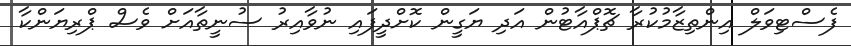
ފެސްޓިވަލް އިންތިޒާމުކުރާ ޗޮޕްއާޓުން އަދި ޔަގީން ކޮށްދީފައި ނުވާއިރު ސުނީތާއަށް ވެސް ޕްރިޔަންކާ